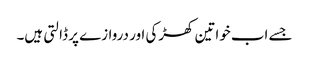
جسے اب خواتین کھڑکی اور دروازے پر ڈالتی ہیں۔